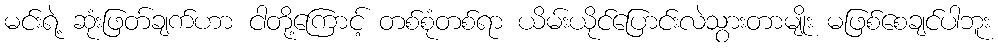
မင်းရဲ့ ဆုံးဖြတ်ချက်ဟာ ငါတို့ကြောင့် တစ်စုံတစ်ရာ ယိမ်းယိုင်ပြောင်းလဲသွားတာမျိုး မဖြစ်စေချင်ပါဘူး